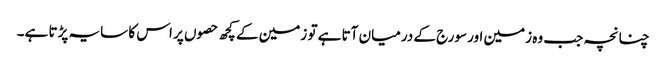
چنانچہ جب وہ زمین اور سورج کے درمیان آتا ہے تو زمین کے کچھ حصوں پر اس کا سایہ پڑتا ہے۔